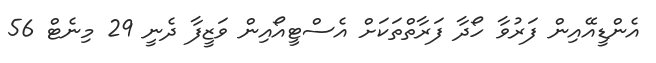
އެންޑީއޭއިން ފަރުވާ ހޯދާ ފަރާތްތަކަށް އެސްޓީއޯއިން ވަޒީފާ ދެނީ 29 މިނެޓް 56